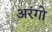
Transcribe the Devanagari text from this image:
अरंगो